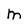
Character: M